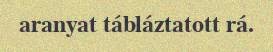
aranyat tábláztatott rá.